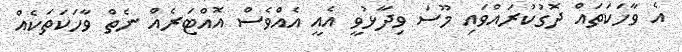
އެ ވާހަކަތައް ދޮގުކުރައްވައި މޫސަ ވިދާޅުވީ އެއީ އެއްވެސް އޮއްޓަރެއް ނެތް ވާހަކަތަކެއް